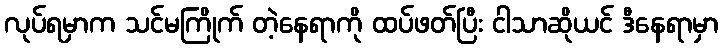
လုပ်ရမှာက သင်မကြိုက် တဲ့နေရာကို ထပ်ဖတ်ပြီး ငါသာဆိုယင် ဒီနေရာမှာ